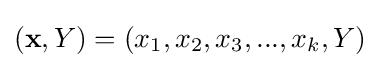
({\textbf {x}},Y)=(x_{1},x_{2},x_{3},...,x_{k},Y)